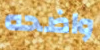
واضحه